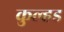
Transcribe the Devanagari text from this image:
कुल्हड